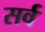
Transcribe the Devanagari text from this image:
सर्व